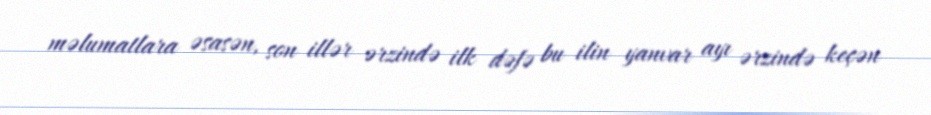
məlumatlara əsasən, son illər ərzində ilk dəfə bu ilin yanvar ayı ərzində keçən